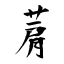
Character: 菺